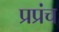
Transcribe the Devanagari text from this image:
प्रप्रंच